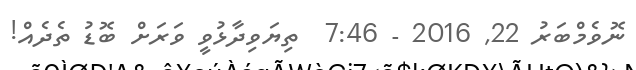
ނޮވެމްބަރު 22